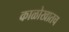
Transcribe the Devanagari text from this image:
काळोखातच